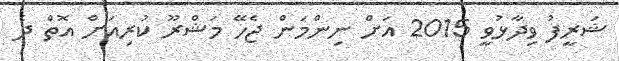
ޝަރީފު ވިދާޅުވީ 2015 އަށް ނިންމަން ޖެހޭ މަޝްރޫ ކުރިއަށް އޮތް ދެ